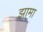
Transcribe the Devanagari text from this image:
झामा